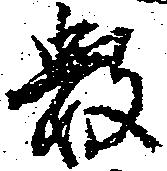
数